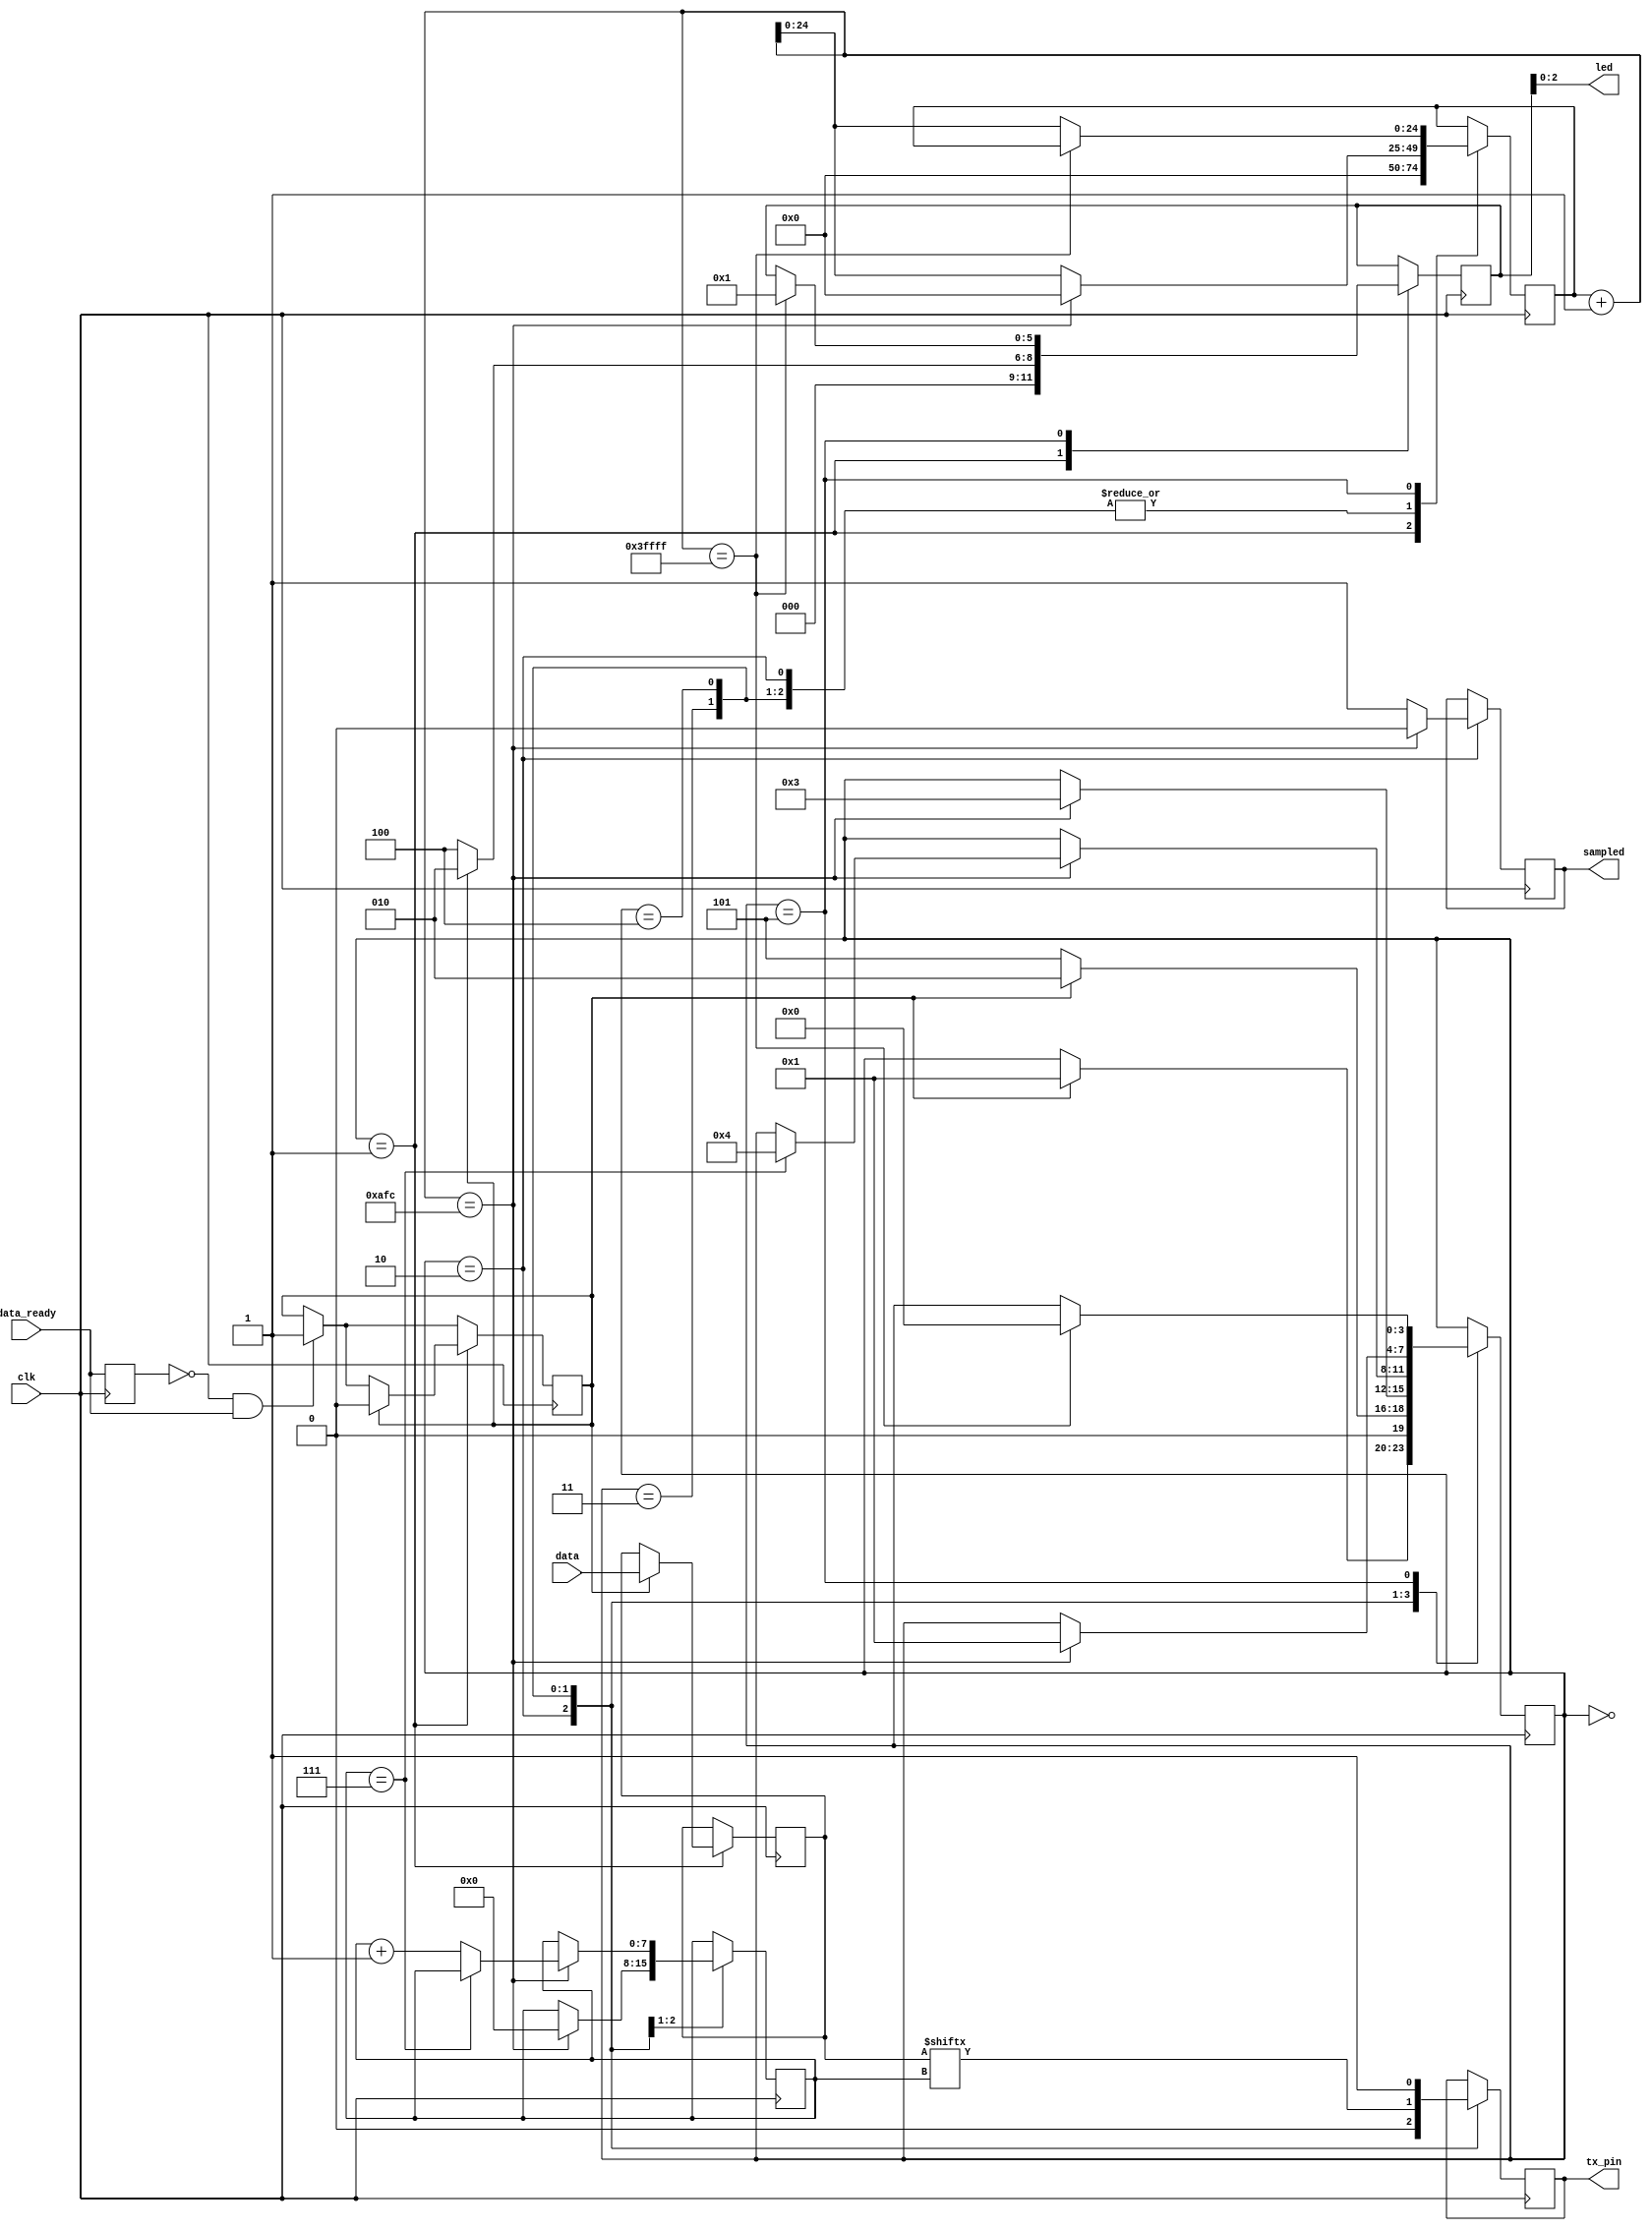
// This program was cloned from: https://github.com/mr-bammby/FPGA_comm
// License: MIT License

module uart_tx
#(
    parameter DELAY_FRAMES = 2812, // 27,000,000 (27Mhz) / 9600 Baud rate
    parameter BIT_PER_WORD = 7 
)
(
    output tx_pin,
    output [2:0] led,
    input clk,
    input [BIT_PER_WORD:0] data,
    input data_ready,
    output sampled
);

localparam DEBOUNCE_DELAY   = 23'b111111111111111111;

localparam UART_TX_STATE_WAIT       = 0;
localparam UART_TX_STATE_INIT       = 1;
localparam UART_TX_STATE_START_BIT  = 2;
localparam UART_TX_STATE_TRANSMIT   = 3;
localparam UART_TX_STATE_STOP_BIT   = 4;
localparam UART_TX_STATE_DONE       = 5;

reg [3:0] state = UART_TX_STATE_WAIT;
reg [24:0] tx_counter = 0;
reg [7:0] bit_counter = 0;
reg [BIT_PER_WORD:0] data_reg = 0;
reg out = 1;
reg new_data = 0;
reg [5:0] ledReg = 1;
reg semple_reg = 0;
reg old_data_ready = 0;

always @(posedge clk) begin
    if (old_data_ready == 0 && data_ready == 1) begin
        new_data <= 1;
    end
    old_data_ready <= data_ready;
    case (state)
        UART_TX_STATE_WAIT: begin
            if (new_data == 1) begin
                state <= UART_TX_STATE_INIT;
            end
        end
        UART_TX_STATE_INIT: begin
            tx_counter <= 0;
            if (new_data == 1) begin
                data_reg <= data;
                state <= UART_TX_STATE_START_BIT;
                ledReg <= 2;
                new_data <= 0;
            end else begin
                ledReg <= 4;
                state <= UART_TX_STATE_DONE;
            end
        end
        UART_TX_STATE_START_BIT : begin
            out <= 0;
            if ((tx_counter + 1) == DELAY_FRAMES) begin
                semple_reg <= 0;
                state <= UART_TX_STATE_TRANSMIT;
                tx_counter <= 0;
                bit_counter <= 0;
            end else begin
                semple_reg <= 1;
                tx_counter <= tx_counter + 1;
            end          
        end
        UART_TX_STATE_TRANSMIT : begin
            out <= data_reg[bit_counter];
            if ((tx_counter + 1) == DELAY_FRAMES) begin
                if (bit_counter == BIT_PER_WORD) begin
                    state <= UART_TX_STATE_STOP_BIT;
                end else
                    bit_counter <= bit_counter + 1;
                tx_counter <= 0;
            end else
                tx_counter <= tx_counter + 1;
        end
        UART_TX_STATE_STOP_BIT : begin
            out <= 1;
            if ((tx_counter + 1) == DELAY_FRAMES) begin
                state <= UART_TX_STATE_INIT;
                tx_counter <= 0;
            end else
                tx_counter <= tx_counter + 1;
        end
        UART_TX_STATE_DONE : begin
            if ((tx_counter + 1) == DEBOUNCE_DELAY) begin
                state <= UART_TX_STATE_WAIT;
                ledReg <= 1;
            end else
                tx_counter <= tx_counter + 1;
        end
    endcase
end

assign tx_pin = out;
assign led = ledReg;
assign sampled = semple_reg;

endmodule